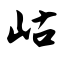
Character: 岵